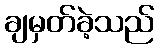
ချမှတ်ခဲ့သည်